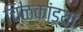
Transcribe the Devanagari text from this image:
चिळकांड्या